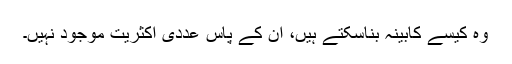
وہ کیسے کابینہ بناسکتے ہیں، ان کے پاس عددی اکثریت موجود نہیں۔